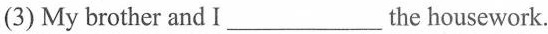
(3) My brother and I___the housework.